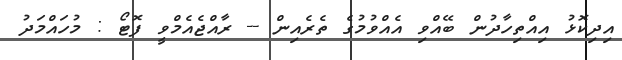
އިދިކޮޅު އިއްތިހާދުން ބޭއްވި އެއްވުމުގެ ތެރެއިން -- ރާއްޖެއެމްވީ ފޮޓޯ : މުހައްމަދު